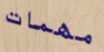
مهمات